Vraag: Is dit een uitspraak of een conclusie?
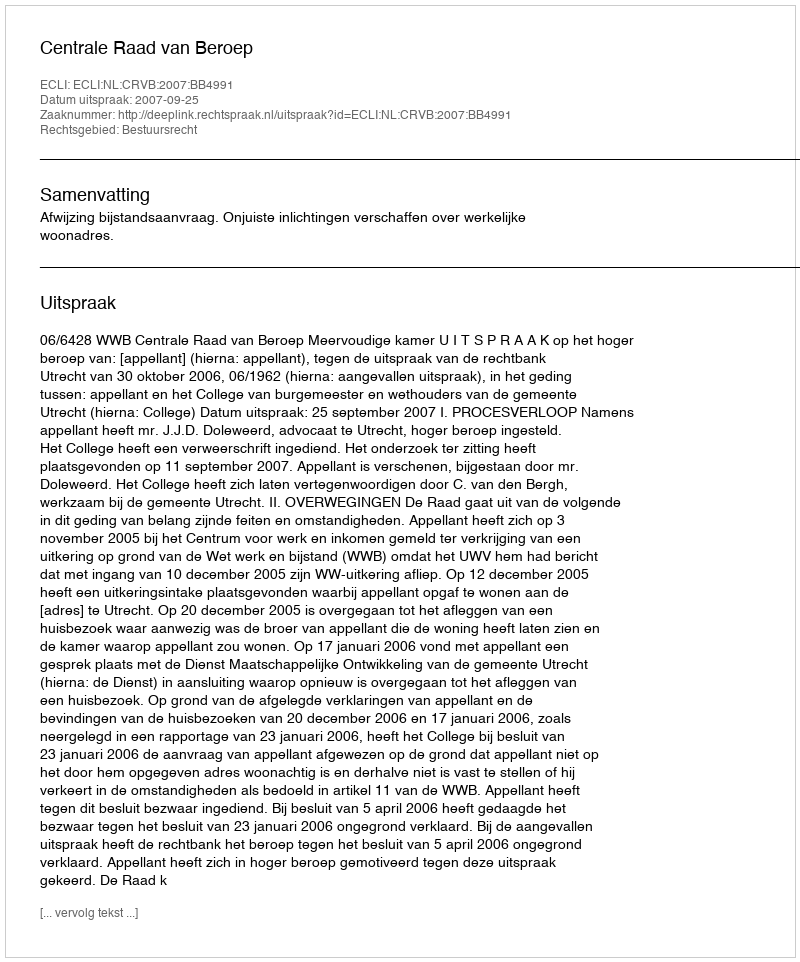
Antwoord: Uitspraak